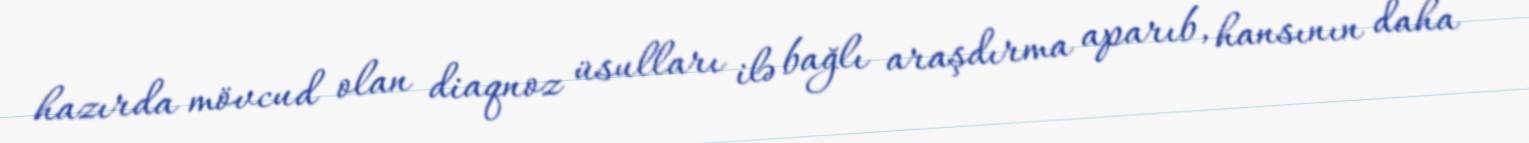
hazırda mövcud olan diaqnoz üsulları ilə bağlı araşdırma aparıb, hansının daha